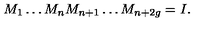
M _ { 1 } \dots M _ { n } M _ { n + 1 } \dots M _ { n + 2 g } = I .